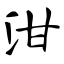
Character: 泔